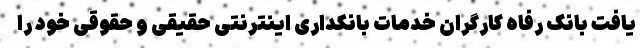
یافت بانک رفاه کارگران خدمات بانکداری اینترنتی حقیقی و حقوقی خود را